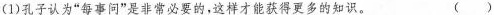
(1)孔子认为”每事问”是非常必要的，这样才能获得更多的知识。 ( )